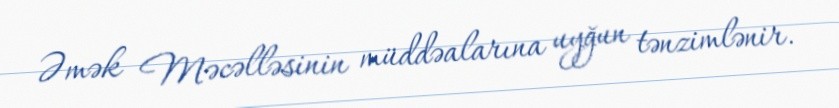
Əmək Məcəlləsinin müddəalarına uyğun tənzimlənir.